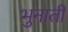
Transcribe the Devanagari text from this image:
भुनाती